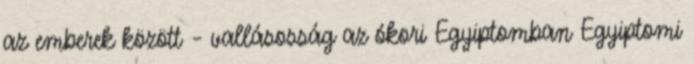
az emberek között – vallásosság az ókori Egyiptomban Egyiptomi